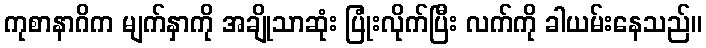
ကုစာနာဂိက မျက်နှာကို အချိုသာဆုံး ပြုံးလိုက်ပြီး လက်ကို ခါယမ်းနေသည်။